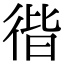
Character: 𢔡